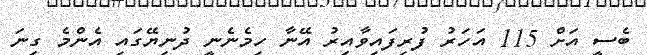
ބެސީ އަށް 115 އަހަރު ފުރިފައިވާއިރު އޭނާ ހިމެނެނީ ދުނިޔޭގައި އެންމެ ގިނަ